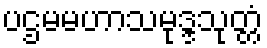
ပဌမမဟာသမုဒ္ဒသုတ္တံ